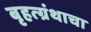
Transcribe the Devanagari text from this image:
बृहत्ग्रंथाचा